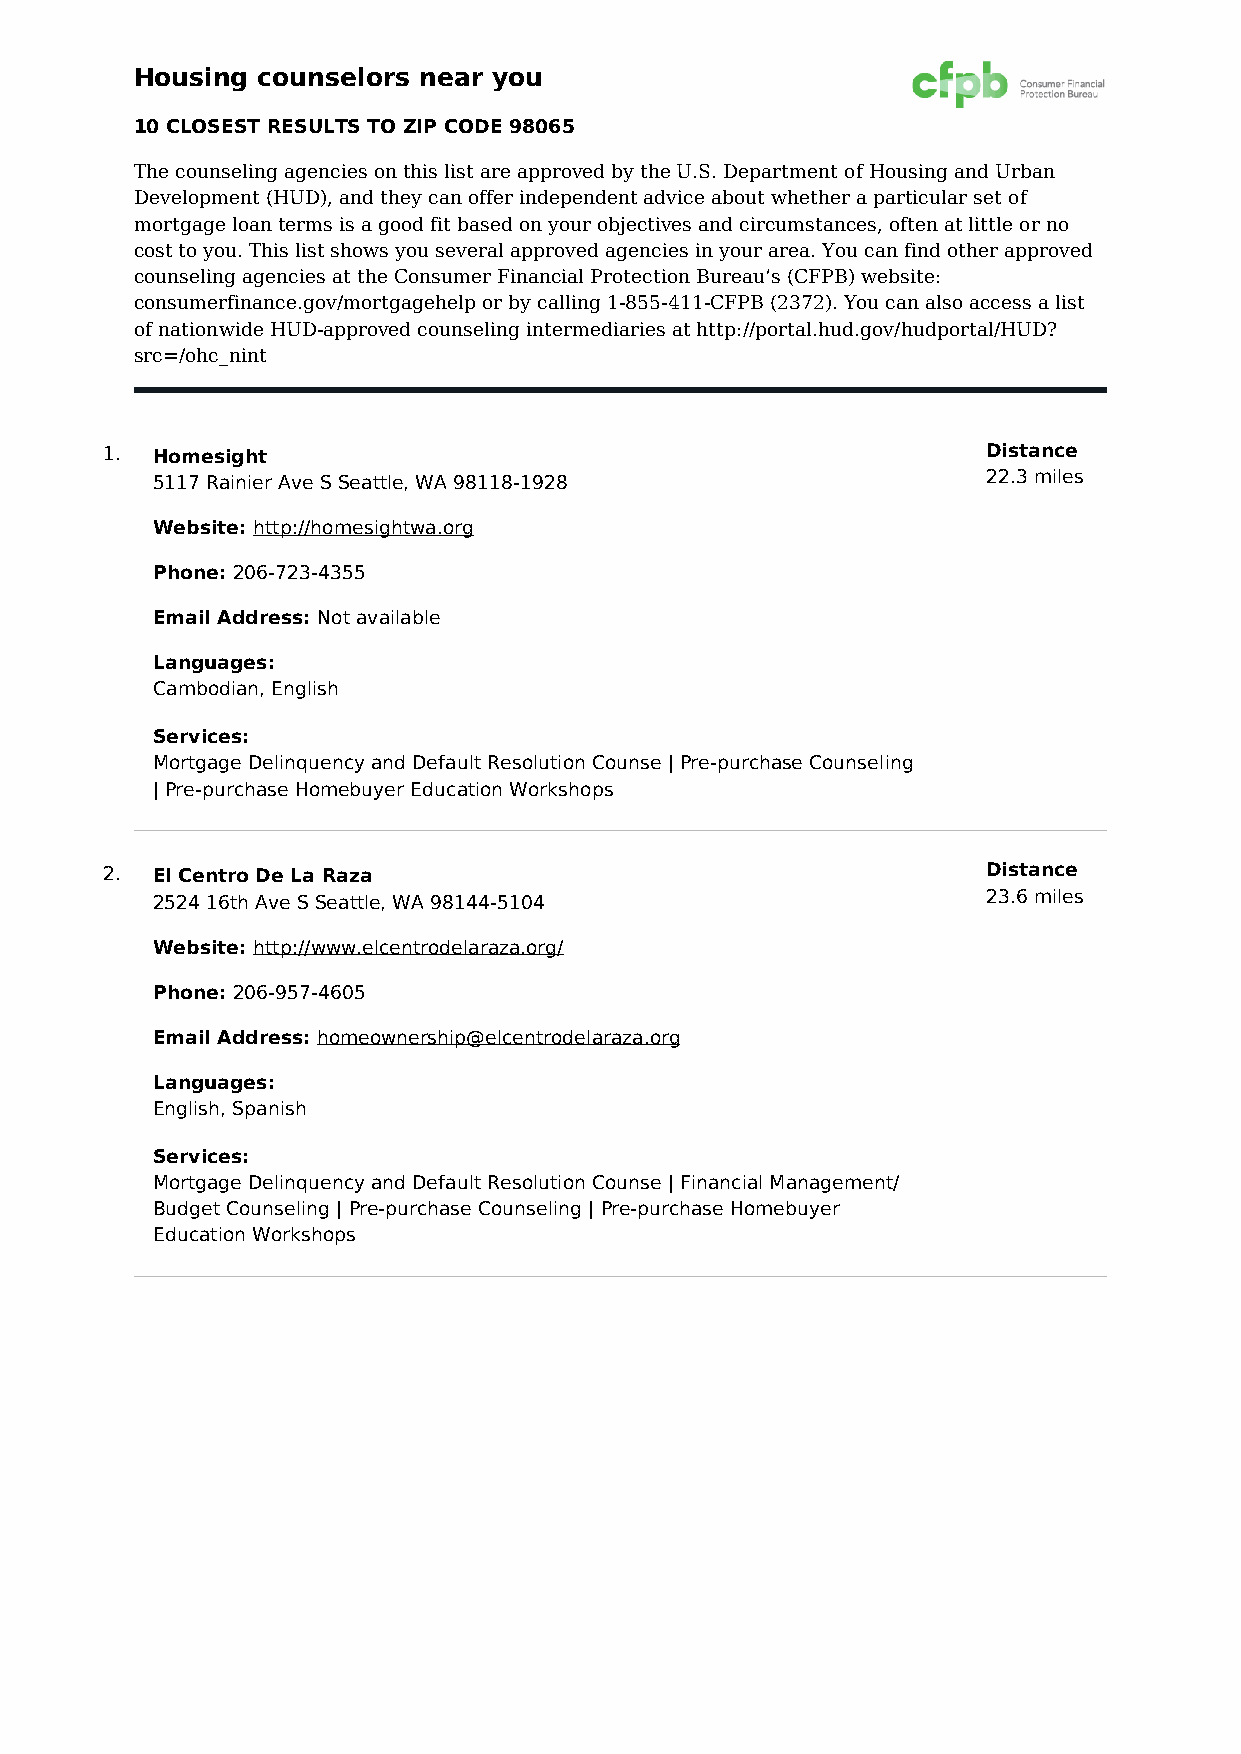
Housing counselors near you
 10 CLOSEST RESULTS TO ZIP CODE 98065
 The counseling agencies on this list are approved by the U.S. Department of Housing and Urban
 Development (HUD), and they can offer independent advice about whether a particular set of
 mortgage loan terms is a good fit based on your objectives and circumstances, often at little or no
 cost to you. This list shows you several approved agencies in your area. You can find other approved
 counseling agencies at the Consumer Financial Protection Bureau’s (CFPB) website:
 consumerfinance.gov/mortgagehelp or by calling 1-855-411-CFPB (2372). You can also access a list
 of nationwide HUD-approved counseling intermediaries at http://portal.hud.gov/hudportal/HUD?
 src=/ohc_nint
 1. Homesight                                              Distance
 5117 Rainier Ave S Seattle, WA 98118-1928              22.3 miles
 Website: http://homesightwa.org
 Phone: 206-723-4355
 Email Address: Not available
 Languages:
 Cambodian, English
 Services:
 Mortgage Delinquency and Default Resolution Counse | Pre-purchase Counseling
 | Pre-purchase Homebuyer Education Workshops
 2. El Centro De La Raza                                   Distance
 2524 16th Ave S Seattle, WA 98144-5104                 23.6 miles
 Website: http://www.elcentrodelaraza.org/
 Phone: 206-957-4605
 Email Address: homeownership@elcentrodelaraza.org
 Languages:
 English, Spanish
 Services:
 Mortgage Delinquency and Default Resolution Counse | Financial Management/
 Budget Counseling | Pre-purchase Counseling | Pre-purchase Homebuyer
 Education Workshops